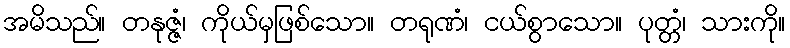
အမိသည်။ တနုဇ္ဇံ၊ ကိုယ်မှဖြစ်သော။ တရုဏံ၊ ငယ်စွာသော။ ပုတ္တံ၊ သားကို။